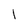
Character: 1